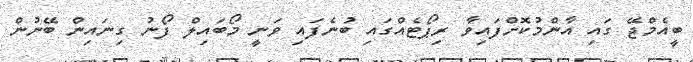
ބީއެމްޖޭ ގައި އާންމުކޮށްފައިވާ ރިޕޯޓެއްގައި ބުނެފައި ވަނީ މޯބައިލް ފޯނު ގިނައިން ބޭނުން